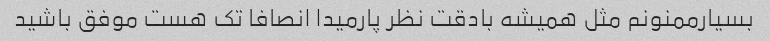
بسیارممنونم مثل همیشه بادقت نظر پارمیدا انصافا تک هست موفق باشید